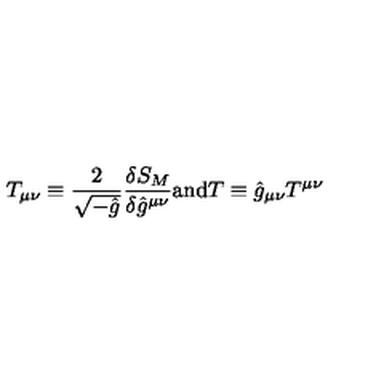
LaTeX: T _ { \mu \nu } \equiv \frac { 2 } { \sqrt { - \hat { g } } } \frac { \delta S _ { M } } { \delta \hat { g } ^ { \mu \nu } } \mathrm { a n d } T \equiv \hat { g } _ { \mu \nu } T ^ { \mu \nu }